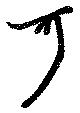
可